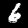
Digit: 6